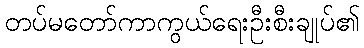
တပ်မတော်ကာကွယ်ရေးဦးစီးချုပ်၏